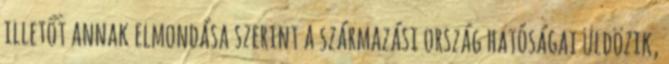
illetőt annak elmondása szerint a származási ország hatóságai üldözik,